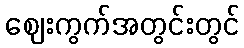
ဈေးကွက်အတွင်းတွင်